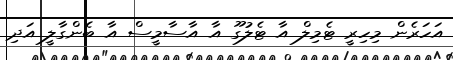
އަހަރެން މިހިރީ ޓެމިލް އާ ޓެލުގޫ އާ އާސާމީސް އާ ބެންގާލީ އަދި